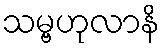
သမ္ဗဟုလာနိ